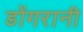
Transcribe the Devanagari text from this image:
डोंगरानी